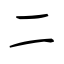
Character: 二